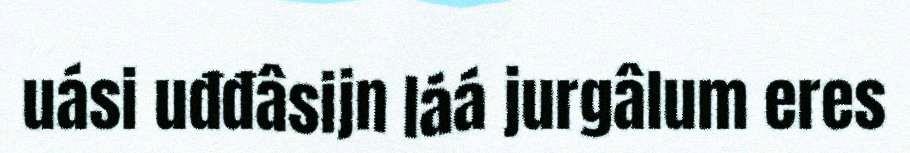
uási uđđâsijn láá jurgâlum eres